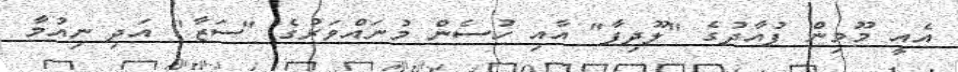
އެއީ މޫމިން ފުއާދުގެ "ލޫދިފާ" އާއި ހުސެން މުނައްވަރުގެ "ސަޒާ" އަދި ނިއުމާ